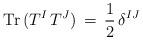
LaTeX: \begin{align*}{\rm Tr}\,(T^I\,T^J)\,=\,\frac{1}{2}\,\delta^{IJ}\end{align*}